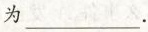
为___.